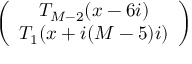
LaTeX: \left( \begin{array} { c } { { T _ { M - 2 } ( x - 6 i ) } } \\ { { T _ { 1 } ( x + i ( M - 5 ) i ) } } \end{array} \right)